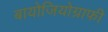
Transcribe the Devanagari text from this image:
बायोजियोग्राफी